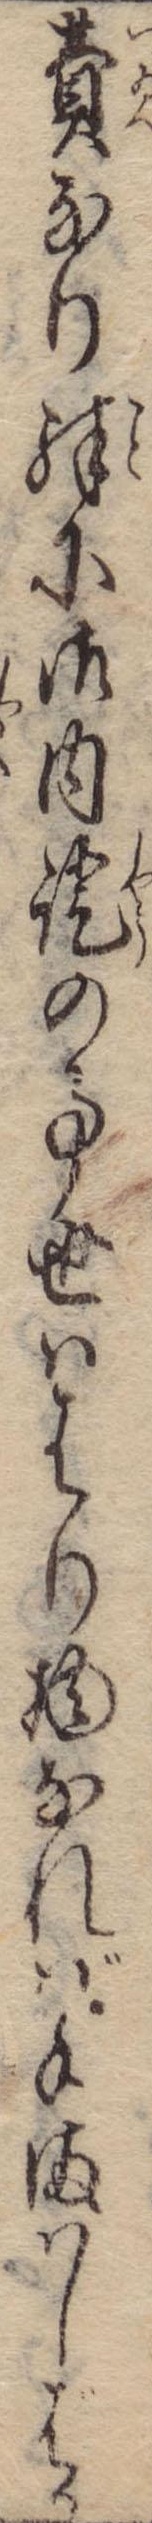
費なり殊に御内証の事世ははり物なれば手まはしばか